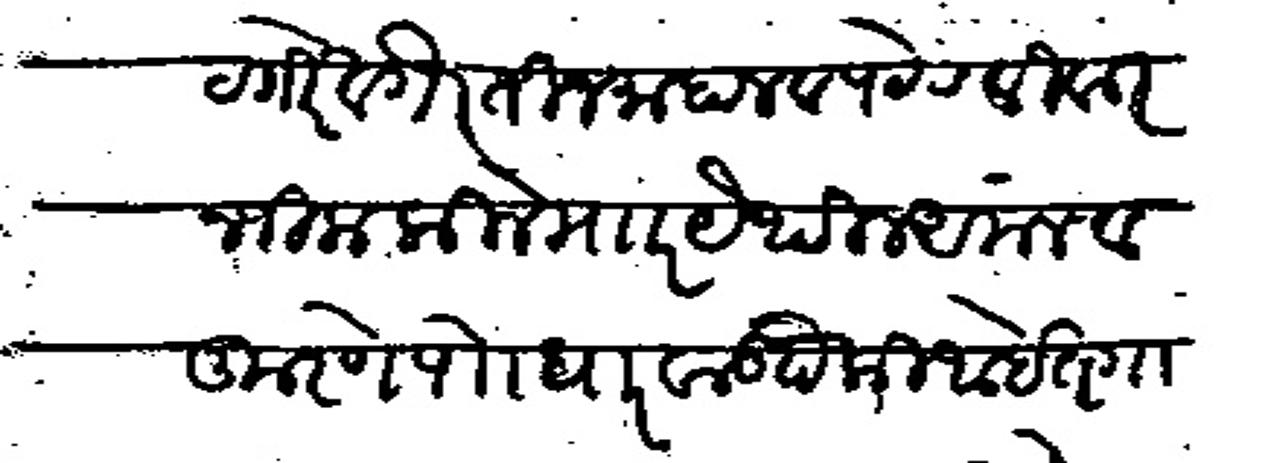
Transliteration (Devanagari): बेटगिरे वगैरे तीन माहाल व पेठ रविवार नजिक किले मार येथील अमल व कुरणे पो धारवाड पैकी आहेत गावचा